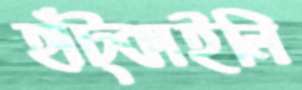
হাঁট্‌কাইলি